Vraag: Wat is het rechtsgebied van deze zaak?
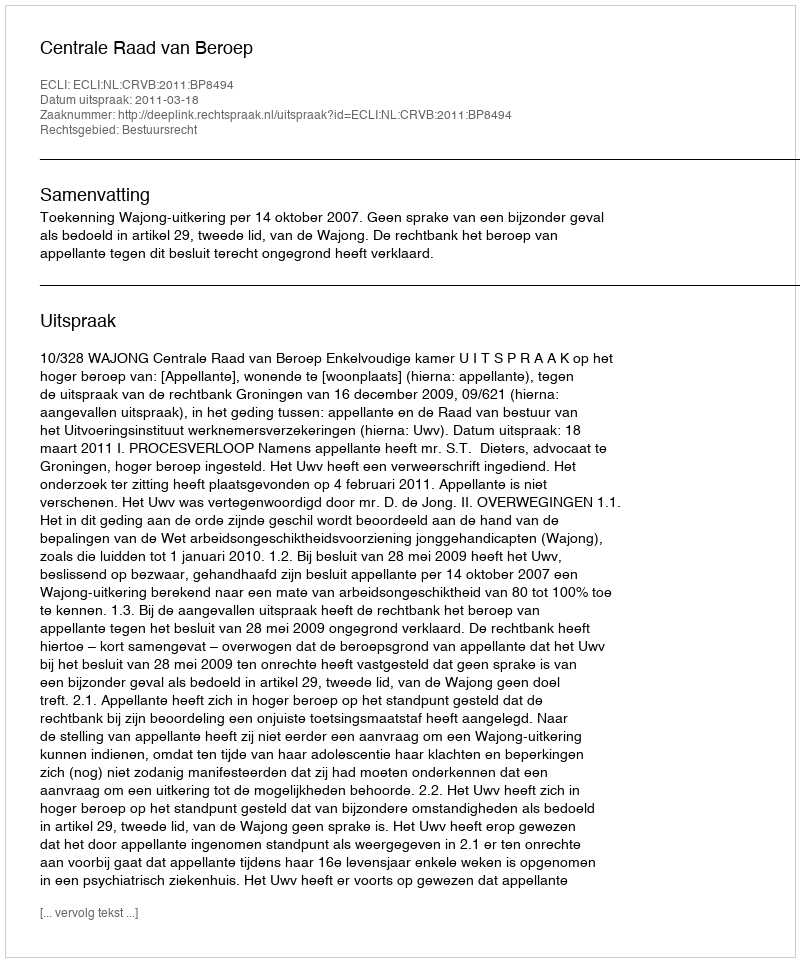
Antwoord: Bestuursrecht